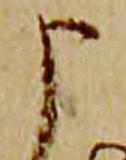
申